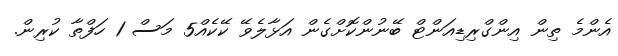
އެންމެ ތިން އިންގްރިޑިއަންޓް ބޭނުންކޮށްގެން އަޅާލެވޭ ކޭކެއް5 މަސް 1 ހަފްތާ ކުރިން.